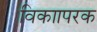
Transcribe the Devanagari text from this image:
विकाापरक